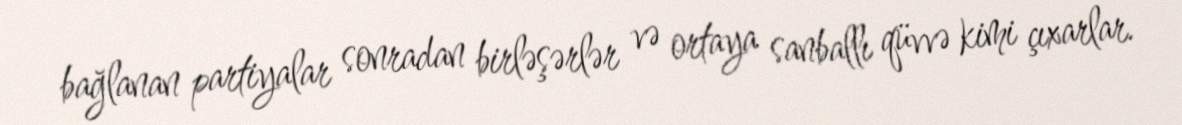
bağlanan partiyalar sonradan birləşərlər və ortaya sanballı qüvvə kimi çıxarlar.